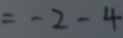
= - 2 - 4